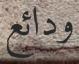
ودائع